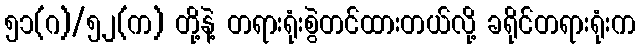
၅၁(ဂ)/၅၂(က) တို့နဲ့ တရားရုံးစွဲတင်ထားတယ်လို့ ခရိုင်တရားရုံးက